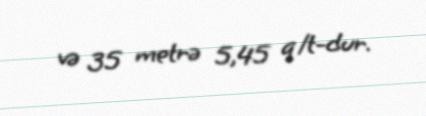
və 35 metrə 5,45 q/t-dur.